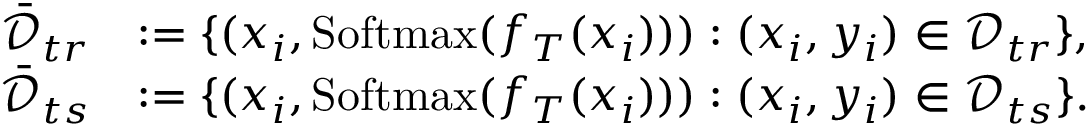
\begin{array} { r l } { \bar { \mathcal { D } } _ { t r } } & { : = \{ ( x _ { i } , \mathrm { S o f t m a x } ( f _ { T } ( x _ { i } ) ) ) : ( x _ { i } , y _ { i } ) \in \mathcal { D } _ { t r } \} , } \\ { \bar { \mathcal { D } } _ { t s } } & { : = \{ ( x _ { i } , \mathrm { S o f t m a x } ( f _ { T } ( x _ { i } ) ) ) : ( x _ { i } , y _ { i } ) \in \mathcal { D } _ { t s } \} . } \end{array}